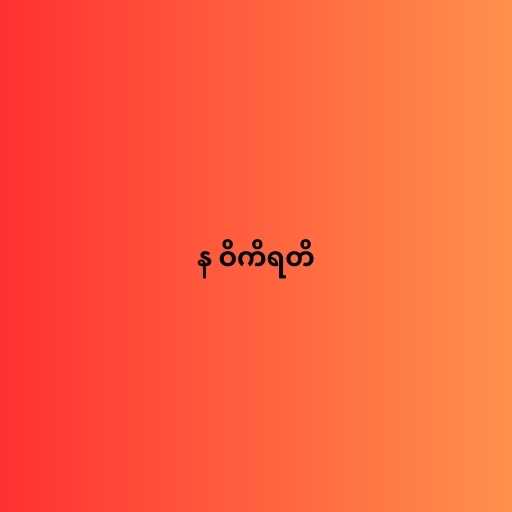
န ဝိကိရတိ